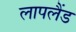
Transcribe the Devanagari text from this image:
लापलैंड